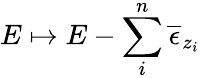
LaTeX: E\mapsto E-\sum_{i}^{n}\overline{{\epsilon}}_{z_{i}}